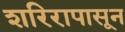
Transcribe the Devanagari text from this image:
शरिरापासून